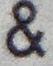
&